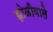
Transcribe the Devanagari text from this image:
झोळीवाले